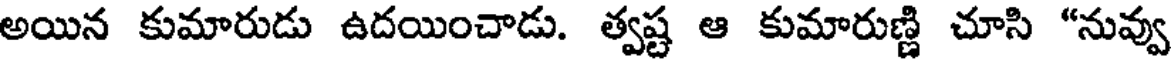
అయిన కుమారుడు ఉదయించాడు. త్వష్ట ఆ కుమారుణ్ణి చూసి "నువ్వు